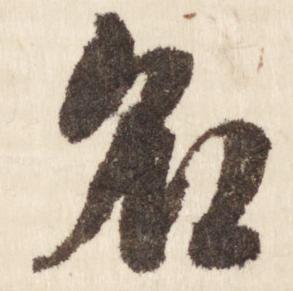
名